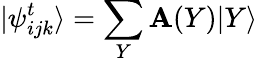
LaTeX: |\psi_{ijk}^{t}\rangle=\sum_{Y}\mathbf{A}(Y)|Y\rangle